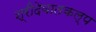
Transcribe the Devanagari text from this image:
श्रीदेवातकल्प